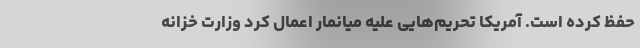
حفظ کرده است. آمریکا تحریم‌هایی علیه میانمار اعمال کرد وزارت خزانه